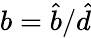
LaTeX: b=\hat{b}/\hat{d}